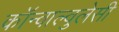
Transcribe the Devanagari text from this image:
कॉन्वाल्वुलेसी